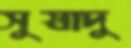
সুস্বাদু